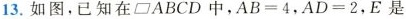
13.如图，已知在▱ABCD中，$$ A B = 4 $$，$$ A D = 2 $$，E是